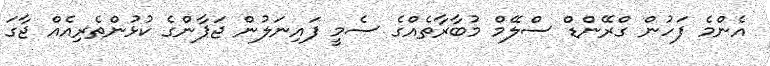
އެންމެ ފަހުން ގްރޭންޑް ސްލޭމް މުބާރާތެއްގެ ސެމީ ފައިނަލުން ޖަޕާންގެ ކުޅުންތެރިއެއް ޖާގަ